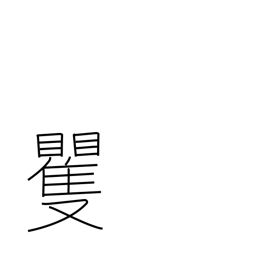
Meaning: surprise & confusion